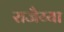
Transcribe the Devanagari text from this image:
राजैय्या